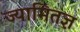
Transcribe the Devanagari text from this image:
ज्यामितज्ञ